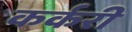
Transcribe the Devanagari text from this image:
कर्करी